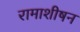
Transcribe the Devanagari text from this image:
रामाशीषन